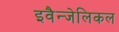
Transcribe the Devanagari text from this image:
इवैन्जेलिकल